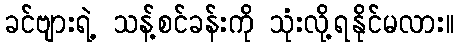
ခင်ဗျားရဲ့ သန့်စင်ခန်းကို သုံးလို့ရနိုင်မလား။